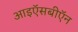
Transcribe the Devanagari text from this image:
आइऍसबीऍन